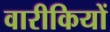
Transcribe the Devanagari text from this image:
वारीकियों